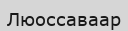
Люоссаваар